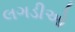
લગડીઓ